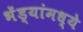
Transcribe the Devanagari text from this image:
भेंड्यांमध्ये